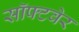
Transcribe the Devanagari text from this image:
सॉफ्‍टवेर